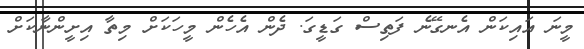
މީނަ އައިކަން އެނގޭނެ ފަތިސް ގަޑީގަ. ދެން އެހެން މީހަކަށް މިތާ އިށީންނާކަށް